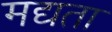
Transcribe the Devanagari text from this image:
मद्यता